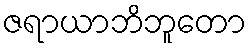
ဇရာယာဘိဘူတော